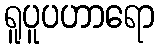
ရူပူပဟာရော